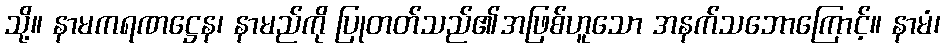
သို့။ နာမကရဏဋ္ဌေန၊ နာမည်ကို ပြုတတ်သည်၏အဖြစ်ဟူသော အနက်သဘောကြောင့်။ နာမံ၊